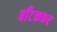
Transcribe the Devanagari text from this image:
बाँटककर